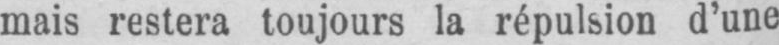
mais restera toujours la répulsion d’une